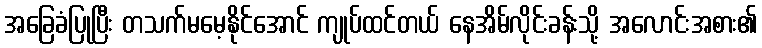
အခြေခံပြုပြီး တသက်မမေ့နိုင်အောင် ကျုပ်ထင်တယ် နေအိမ်လိုင်းခန်းသို့ အလောင်းအစား၏